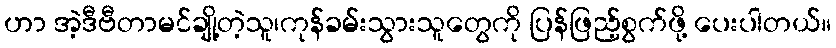
ဟာ အဲ့ဒီဗီတာမင်ချို့တဲ့သူ၊ကုန်ခမ်းသွားသူတွေကို ပြန်ဖြည့်စွက်ဖို့ ပေးပါတယ်။